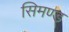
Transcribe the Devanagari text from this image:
सिमण्ड